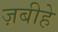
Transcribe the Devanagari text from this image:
ज़बीहे